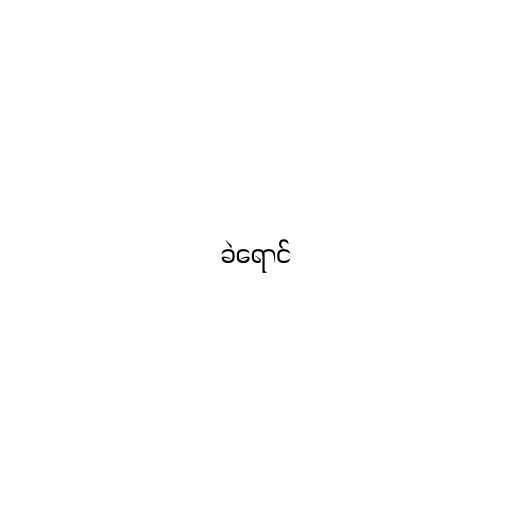
ခဲရောင်